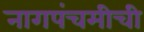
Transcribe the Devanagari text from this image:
नागपंचमीची